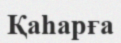
Қаһарға